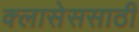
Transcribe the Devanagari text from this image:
क्लासेससाठी